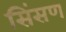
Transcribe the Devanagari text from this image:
सिंसण